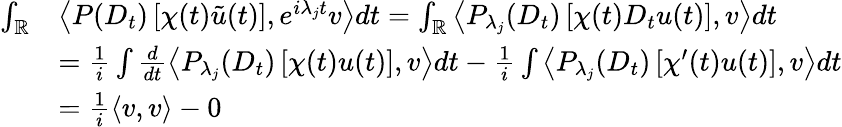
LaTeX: \begin{array}{rl}{\int_{\mathbb{R}}}&{\left\langle P(D_{t})\left[\chi(t)\tilde{u}(t)\right],e^{i\lambda_{j}t}v\right\rangle dt=\int_{\mathbb{R}}\left\langle P_{\lambda_{j}}(D_{t})\left[\chi(t)D_{t}u(t)\right],v\right\rangle dt}\\ &{=\frac 1i\int\frac{d}{dt}\left\langle P_{\lambda_{j}}(D_{t})\left[\chi(t)u(t)\right],v\right\rangle dt-\frac 1i\int\left\langle P_{\lambda_{j}}(D_{t})\left[\chi^{\prime}(t)u(t)\right],v\right\rangle dt}\\ &{=\frac 1i\langle v,v\rangle-0}\end{array}